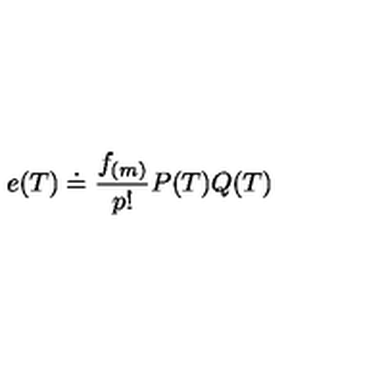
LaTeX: e ( T ) \doteq \frac { f _ { ( m ) } } { p ! } P ( T ) Q ( T )